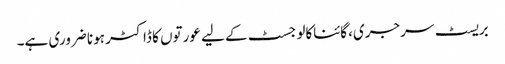
بریسٹ سرجری، گائناکالوجسٹ کے لیے عورتوں کا ڈاکٹر ہونا ضروری ہے۔